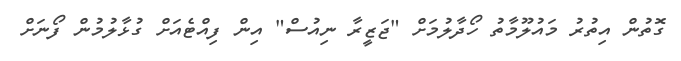
ގޮތުން އިތުރު މައުލޫމާތު ހޯދާލުމަށް "ޖަޒީރާ ނިއުސް" އިން ފިއްޓެއަށް ގުޅާލުމުން ފޯނަށް